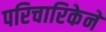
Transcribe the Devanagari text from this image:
परिचारिकेने